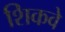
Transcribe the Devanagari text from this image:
शिकवे